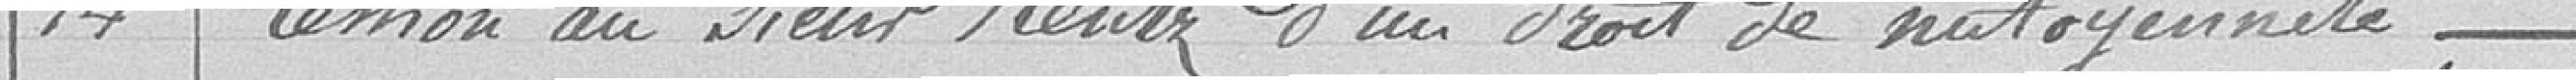
14. Cession au Sieur RENTZ d'un droit de mitoyenneté